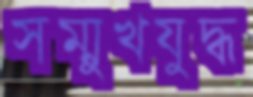
সম্মুখযুদ্ধ